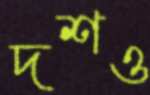
দশও